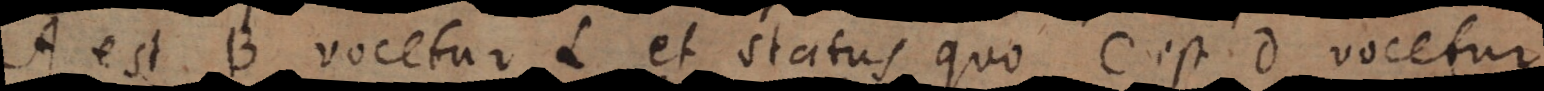
A est B vocetur L et status quo C est D vocetur